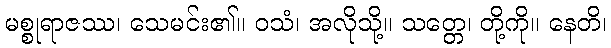
မစ္စုရာဇဿ၊ သေမင်း၏။ ဝသံ၊ အလိုသို့။ သတ္တေ၊ တို့ကို။ နေတိ၊